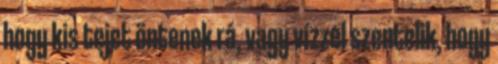
hogy kis tejet öntenek rá, vagy vízzel szentelik, hogy